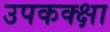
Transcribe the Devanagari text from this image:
उपकक्क्षा